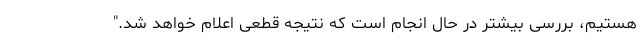
هستیم، بررسی بیشتر در حال انجام است که نتیجه قطعی اعلام خواهد شد."